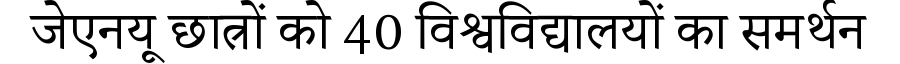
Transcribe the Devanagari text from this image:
जेएनयू छात्रों को 40 विश्वविद्यालयों का समर्थन